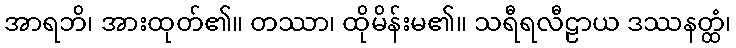
အာရဘိ၊ အားထုတ်၏။ တဿာ၊ ထိုမိန်းမ၏။ သရီရလီဠာယ ဒဿနတ္ထံ၊